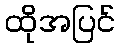
ထိုအပြင်